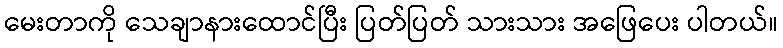
မေးတာကို သေချာနားထောင်ပြီး ပြတ်ပြတ် သားသား အဖြေပေး ပါတယ်။